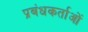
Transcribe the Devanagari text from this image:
प्रबंधकर्ताओं